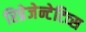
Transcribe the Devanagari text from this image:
रिप्रेजेन्टेटिव्स